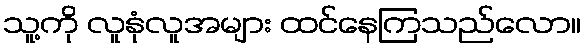
သူ့ကို လူနုံလူအများ ထင်နေကြသည်လော။